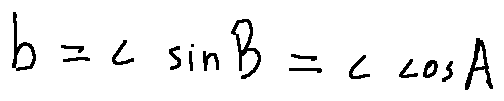
b = c \sin B = c \cos A